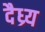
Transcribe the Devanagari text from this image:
दैध्र्य